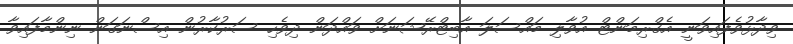
ވިދާޅުވެފައިވަނީ އެގްރިމަންޓް އުވާލި މައްސަލަ އާބިޓްރޭޝަނަށް ވައްދަން ދިވެހި ސަރުކާރުން އިސްނަގަން ނިންމާފައިވާ